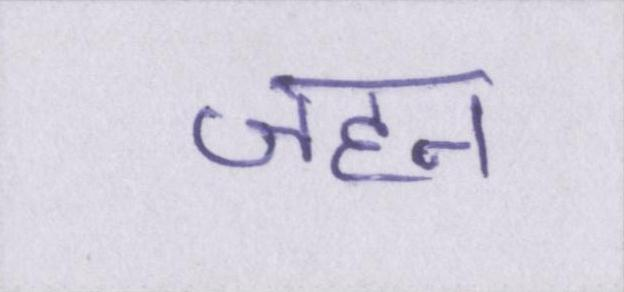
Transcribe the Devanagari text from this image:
जहन